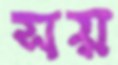
সয়